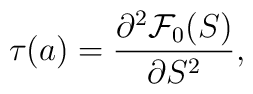
\tau(a)={\partial^2 {\cal F}_0(S)\over \partial S^2},